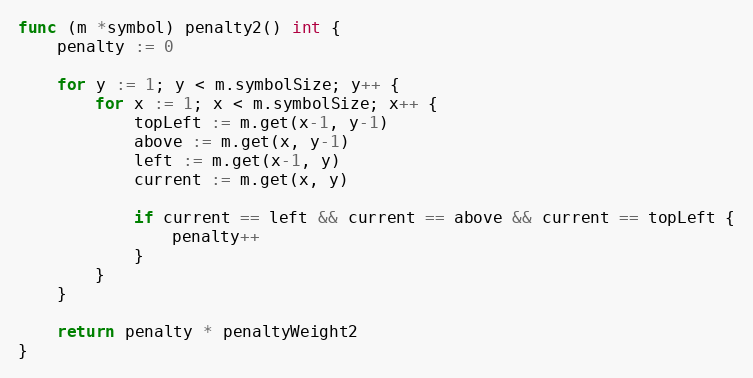
Language: Go
func (m *symbol) penalty2() int {
	penalty := 0

	for y := 1; y < m.symbolSize; y++ {
		for x := 1; x < m.symbolSize; x++ {
			topLeft := m.get(x-1, y-1)
			above := m.get(x, y-1)
			left := m.get(x-1, y)
			current := m.get(x, y)

			if current == left && current == above && current == topLeft {
				penalty++
			}
		}
	}

	return penalty * penaltyWeight2
}